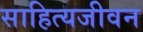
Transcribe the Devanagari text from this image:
साहित्यजीवन